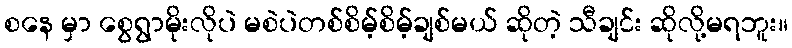
စနေ မှာ စွေရွာမိုးလိုပဲ မစဲပဲတစ်စိမ့်စိမ့်ချစ်မယ် ဆိုတဲ့ သီချင်း ဆိုလို့မရဘူး။